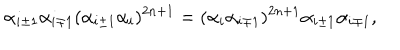
\alpha _ { i \pm 1 } \alpha _ { i \mp 1 } ( \alpha _ { i \pm 1 } \alpha _ { i } ) ^ { 2 n + 1 } = ( \alpha _ { i } \alpha _ { i \mp 1 } ) ^ { 2 n + 1 } \alpha _ { i \pm 1 } \alpha _ { i \mp 1 } ,